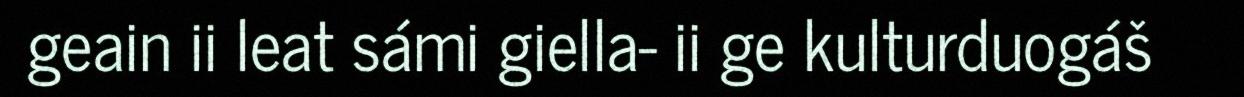
geain ii leat sámi giella- ii ge kulturduogáš